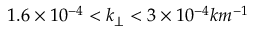
1 . 6 \times 1 0 ^ { - 4 } < k _ { \perp } < 3 \times 1 0 ^ { - 4 } k m ^ { - 1 }